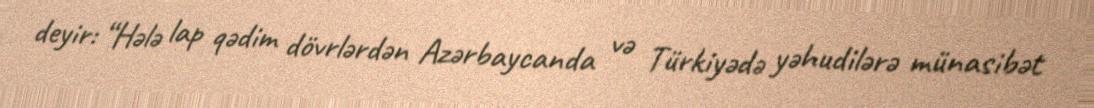
deyir: “Hələ lap qədim dövrlərdən Azərbaycanda və Türkiyədə yəhudilərə münasibət